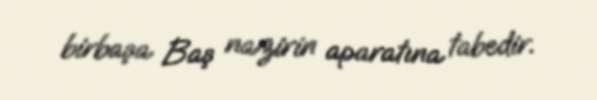
birbaşa Baş nazirin aparatına tabedir.